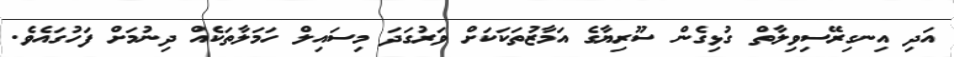
އަދި އިނގިރޭސިވިލާތް ގުޅިގެން ސޫރިޔާގެ އަމާޒުތަކަކަށް ވަރުގަދަ މިސައިލް ހަމަލާތަކެއް ދިނުމަށް ފަހުގައެވެ.